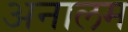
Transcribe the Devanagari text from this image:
अनालम